Medical and sanitary report of the native army of Madras for the year
Year: 1872
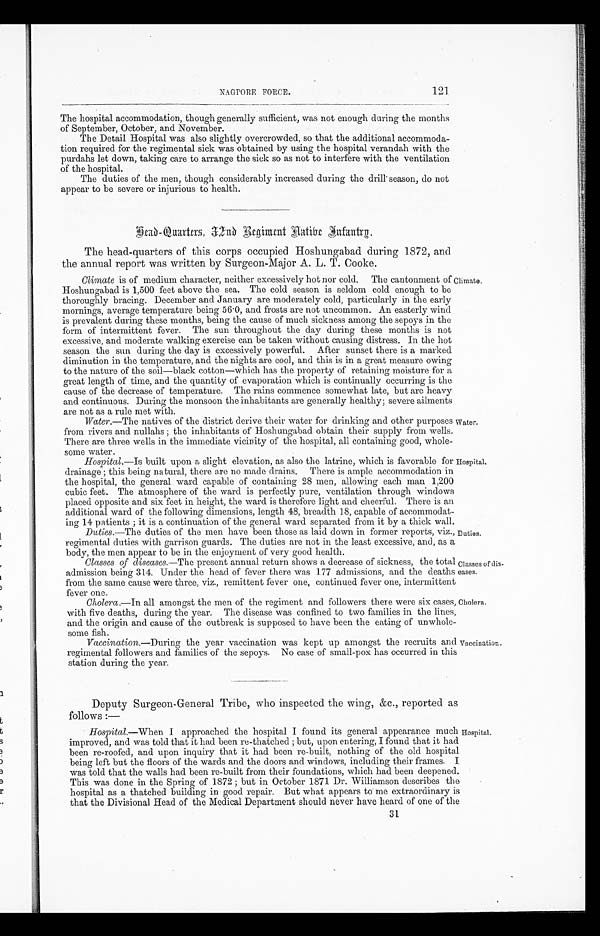
NAOPORE FORCE.
121
The hospital accommodation, though generally sufficient, was not enough during the months
of September, October, and November.
The Detail Hospital was also slightly overcrowded, so that the additional accommoda
-tion required for the regimental sick was obtained by using the hospital verandah with the
purdahs let down, taking care to arrange the sick so as not to interfere with the ventilation
of the hospital.
The duties of the men, though considerably increased during the drill season, do not
appear to be severe or injurious to health.
Head-Quarters, 32nd Regiment Aatibe Infantry.
The head-quarters of this corps occupied Hoshungabad during 1872, and
the annual report was written by Surgeon-Major A. L. T. Cooke.
Climate is of medium character, neither excessively hot nor cold. The cantonment of
Hoshungabad is 1,500 feet above the sea. The cold season is seldom cold enough to be
thoroughly bracing. December and January are moderately cold, particularly in the early
mornings, average temperature being 56.0, and frosts are not uncommon. An easterly wind
is prevalent during these months, being the cause of much sickness among the sepoys in the
form of intermittent fever. The sun throughout the day during these months is not
excessive, and moderate walking exercise can be taken without causing distress. In the hot
season the sun during the day is excessively powerful. After sunset there is a marked
diminution in the temperature, and the nights are cool, and this is in a great measure owing
to the nature of the soil—black cotton—which has the property of retaining moisture for a
great length of time, and the quantity of evaporation which is continually occurring is the
cause of the decrease of temperature. The rains commence somewhat late, but are heavy
and continuous. During the monsoon the inhabitants are generally healthy; severe ailments
are not as a rule met with.
Water .—The natives of the district derive their water for drinking and other purposes
from rivers and nullahs; the inhabitants of Hoshungabad obtain their supply from wells.
There are three wells in the immediate vicinity of the hospital, all containing good, whole
-some Water.
Climate.
Water.
Hospital .—Is built upon a slight elevation, as also the latrine, which is favorable for
drainage; this being natural, there are no made drains. There is ample accommodation in
the hospital, the general ward capable of containing 28 men, allowing each man 1,200
cubic feet. The atmosphere of the ward is perfectly pure, ventilation through windows
placed opposite and six feet in height, the ward is therefore light and cheerful. There is an
additional ward of the following dimensions, length 48, breadth 18, capable of accommodat
-ing 14 patients if is a continuation of the general ward separated from it by a, thick wall.
Duties .—The duties of the men have been those as laid down in former reports, viz.,
regimental duties with garrison guards. The duties are not in the least excessive, and, as a
body, the men appear to be in the enjoyment of very good health.
Hospital.
Duties.
C Classes of diseases.—The present annual return shows a decrease of sickness, the total
admission being 314. Under the head of fever there was 177 admissions, and the deaths
from the same cause were three, viz., remittent fever one, continued fever one, intermittent
fever one.
Cholera .—In all amongst the men of the regiment and followers there were six cases,
with five deaths, during the year. The disease was confined to two families in the lines,
and the origin and cause of the outbreak is supposed to have been the eating of unwhole
-some fish.
Classes of dis-
eases.
Cholera.
Vaccination .—During the year vaccination was kept up amongst the recruits and
regimental followers and families of the sepoys. No case of small-pox has occurred in this
station during the year.
Vaccination.
Deputy Surgeon-General Tribe, who inspected the wing, &c., reported as
follows :—
Hospital.—When I approached the hospital I found its general appearance much
improved, and was told that it had been re-thatched; but, upon entering, I found that it had
been re-roofed, and upon inquiry that it had been re-built, nothing of the old hospital
being left but the floors of the wards and the doors and windows, including their frames. I
was told that the walls had been re-built from their foundations, which had been deepened.
This was done in the Spring of 1872; but in October 1871 Dr. Williamson describes the
hospital as a thatched building in good repair. But what appears to me extraordinary is
that the Divisional Head of the Medical Department should never have heard of one of the
Hospital.
31